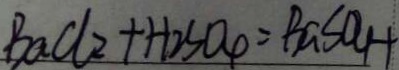
B a C l _ { 2 } + H _ { 2 } S O _ { 4 } = B a S O _ { 4 } +